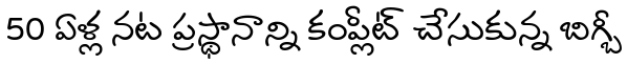
50 ఏళ్ల నట ప్రస్థానాన్ని కంప్లీట్ చేసుకున్న బిగ్బీ